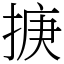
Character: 掶